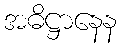
အဓိဋ္ဌာနေန